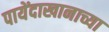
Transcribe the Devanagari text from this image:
पायेंदाखानाच्या